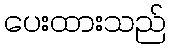
ပေးထားသည်